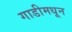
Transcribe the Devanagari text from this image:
गाडीमधून